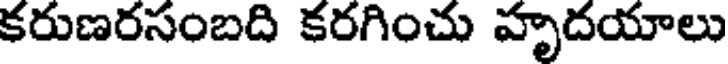
కరుణరసంబది కరగించు హృదయాలు